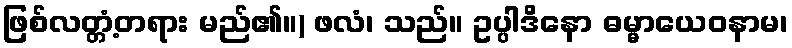
ဖြစ်လတ္တံ့တရား မည်၏။) ဖလံ၊ သည်။ ဥပ္ပါဒိနော ဓမ္မာယေဝနာမ၊